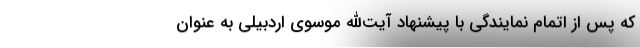
که پس از اتمام نمایندگی با پیشنهاد آیت‌الله موسوی اردبیلی به عنوان